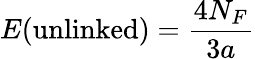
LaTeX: E(\mathrm{unlinked})={\frac{4N_{F}}{3a}}